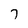
Character: 7